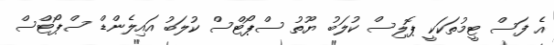
އެ ފަސް ޓީމުތަކަކީ ޕޮލިސް ކުލަބު ޔޫތު ސްޕޯޓްސް ކުލަބު އައިލެންޑް ސްޕޯޓްސް